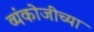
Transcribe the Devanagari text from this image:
व्यंकोजीच्या